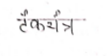
मजकूर: टंकयंत्र